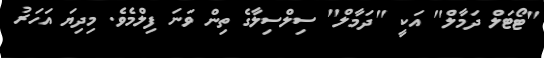
"ޓޯޓަލް ދަމާލް" އަކީ "ދަމާލް" ސިލްސިލާގެ ތިން ވަނަ ފިލްމެވެ. މިދިޔަ އަހަރު